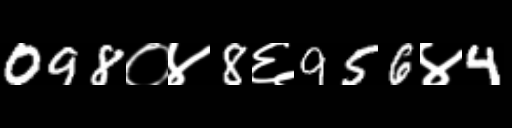
Text: 098०४8६956४4